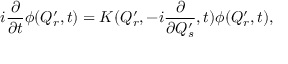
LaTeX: i { \frac { \partial } { \partial t } } \phi ( Q _ { r } ^ { \prime } , t ) = K ( Q _ { r } ^ { \prime } , - i { \frac { \partial } { \partial Q _ { s } ^ { \prime } } } , t ) \phi ( Q _ { r } ^ { \prime } , t ) ,